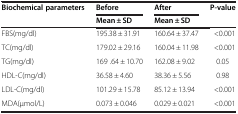
| Biochemical parameters | Before | After | P-value |
 |  | Mean ± SD | Mean ± SD |  |
 | --- | --- | --- | --- |
 | FBS(mg/dl) | 195.38 ± 31.91 | 160.64 ± 37.47 | <0.001 |
 | TC(mg/dl) | 179.02 ± 29.16 | 160.04 ± 11.98 | <0.001 |
 | TG(mg/dl) | 169 .64 ± 10.70 | 162.08 ± 9.02 | 0.05 |
 | HDL-C(mg/dl) | 36.58 ± 4.60 | 38.36 ± 5.56 | 0.98 |
 | LDL-C(mg/dl) | 101.29 ± 15.78 | 85.12 ± 13.94 | <0.001 |
 | MDA(μmol/L) | 0.073 ± 0.046 | 0.029 ± 0.021 | <0.001 |